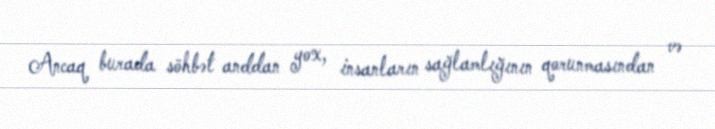
Ancaq burada söhbət anddan yox, insanların sağlamlığının qorunmasından və